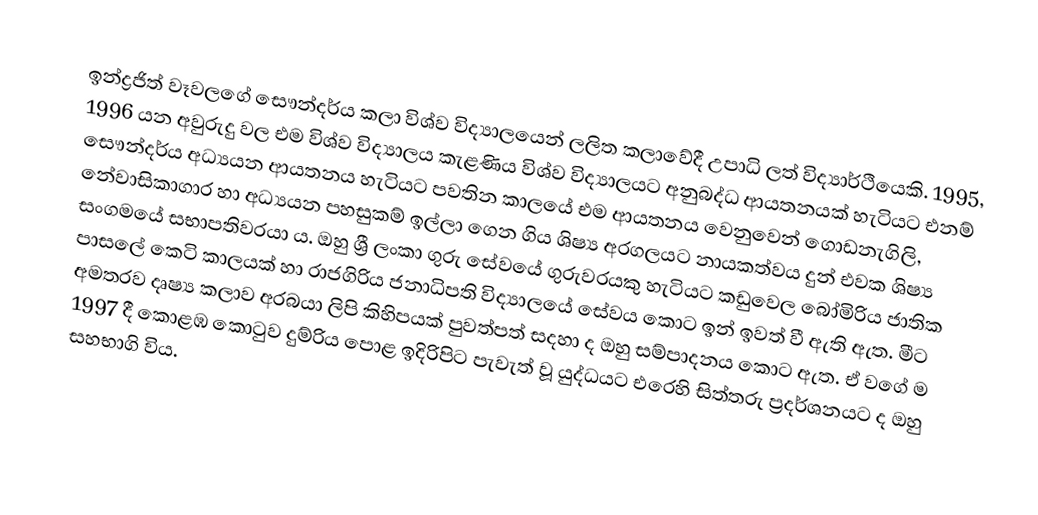
ඉන්ද්‍රජිත් වෑවලගේ සෞන්දර්ය කලා විශ්ව විද්‍යාලයෙන් ලලිත කලාවේදී උපාධි ලත් විද්‍යාර්ථියෙකි. 1995, 1996 යන අවුරුදු වල එම විශ්ව විද්‍යාලය කැළණිය විශ්ව විද්‍යාලයට අනුබද්ධ ආයතනයක් හැටියට එනම් සෞන්දර්ය අධ්‍යයන ආයතනය හැටියට පවතින කාලයේ එම ආයතනය වෙනුවෙන් ගොඩනැගිලි, නේවාසිකාගාර හා අධ්‍යයන පහසුකම් ඉල්ලා ගෙන ගිය ශිෂ්‍ය අරගලයට නායකත්වය දුන් එවක ශිෂ්‍ය සංගමයේ සභාපතිවරයා ය. ඔහු ශ්‍රී ලංකා ගුරු සේවයේ ගුරුවරයකු හැටියට කඩුවෙල බෝමිරිය ජාතික පාසලේ කෙටි කාලයක් හා රාජගිරිය ජනාධිපති විද්‍යාලයේ සේවය කොට ඉන් ඉවත් වී ඇති ඇත. මීට අමතරව දෘෂ්‍ය කලාව අරබයා ලිපි කිහිපයක් පුවත්පත් සදහා ද ඔහු සම්පාදනය කොට ඇත. ඒ වගේ ම 1997 දී කොළඹ කොටුව දුම්රිය පොළ ඉදිරිපිට පැවැත් වූ යුද්ධයට එරෙහි සිත්තරු ප්‍රදර්ශනයට ද ඔහු සහභාගි විය.